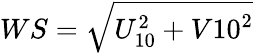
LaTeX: WS=\sqrt{U_{10}^{2}+V{10}^{2}}